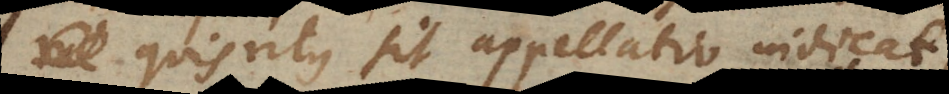
quis ritus sit appellatio indicat,